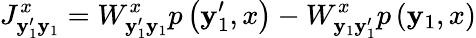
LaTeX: J_{\mathbf{y}_{1}^{\prime}\mathbf{y}_{1}}^{x}=W_{\mathbf{y}_{1}^{\prime}\mathbf{y}_{1}}^{x}p\left(\mathbf{y}_{1}^{\prime},x\right)-W_{\mathbf{y}_{1}\mathbf{y}_{1}^{\prime}}^{x}p\left(\mathbf{y}_{1},x\right)